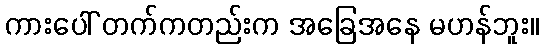
ကားပေါ် တက်ကတည်းက အခြေအနေ မဟန်ဘူး။